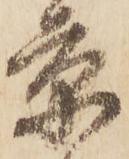
京